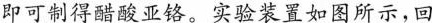
即可制得醋酸亚铬。实验装置如图所示，回